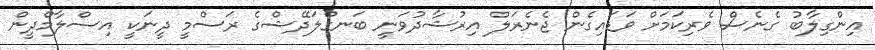
އިންގިލާބު ގެނެސް ވެރިކަމަށް ވަޑައިގެން ޖެނެރަލް އިރުޝާދުވަނީ ބަނގްލަދޭޝްގެ ރަސްމީ ދީނަކީ އިސްލާމްދީން